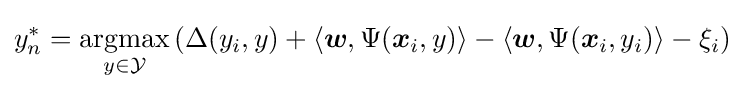
y_{n}^{*}={\underset {y\in {\mathcal {Y}}}{\textrm {argmax}}}\left(\Delta (y_{i},y)+\langle {\boldsymbol {w}},\Psi ({\boldsymbol {x}}_{i},y)\rangle -\langle {\boldsymbol {w}},\Psi ({\boldsymbol {x}}_{i},y_{i})\rangle -\xi _{i}\right)